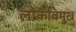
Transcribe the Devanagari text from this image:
लोकविमुख